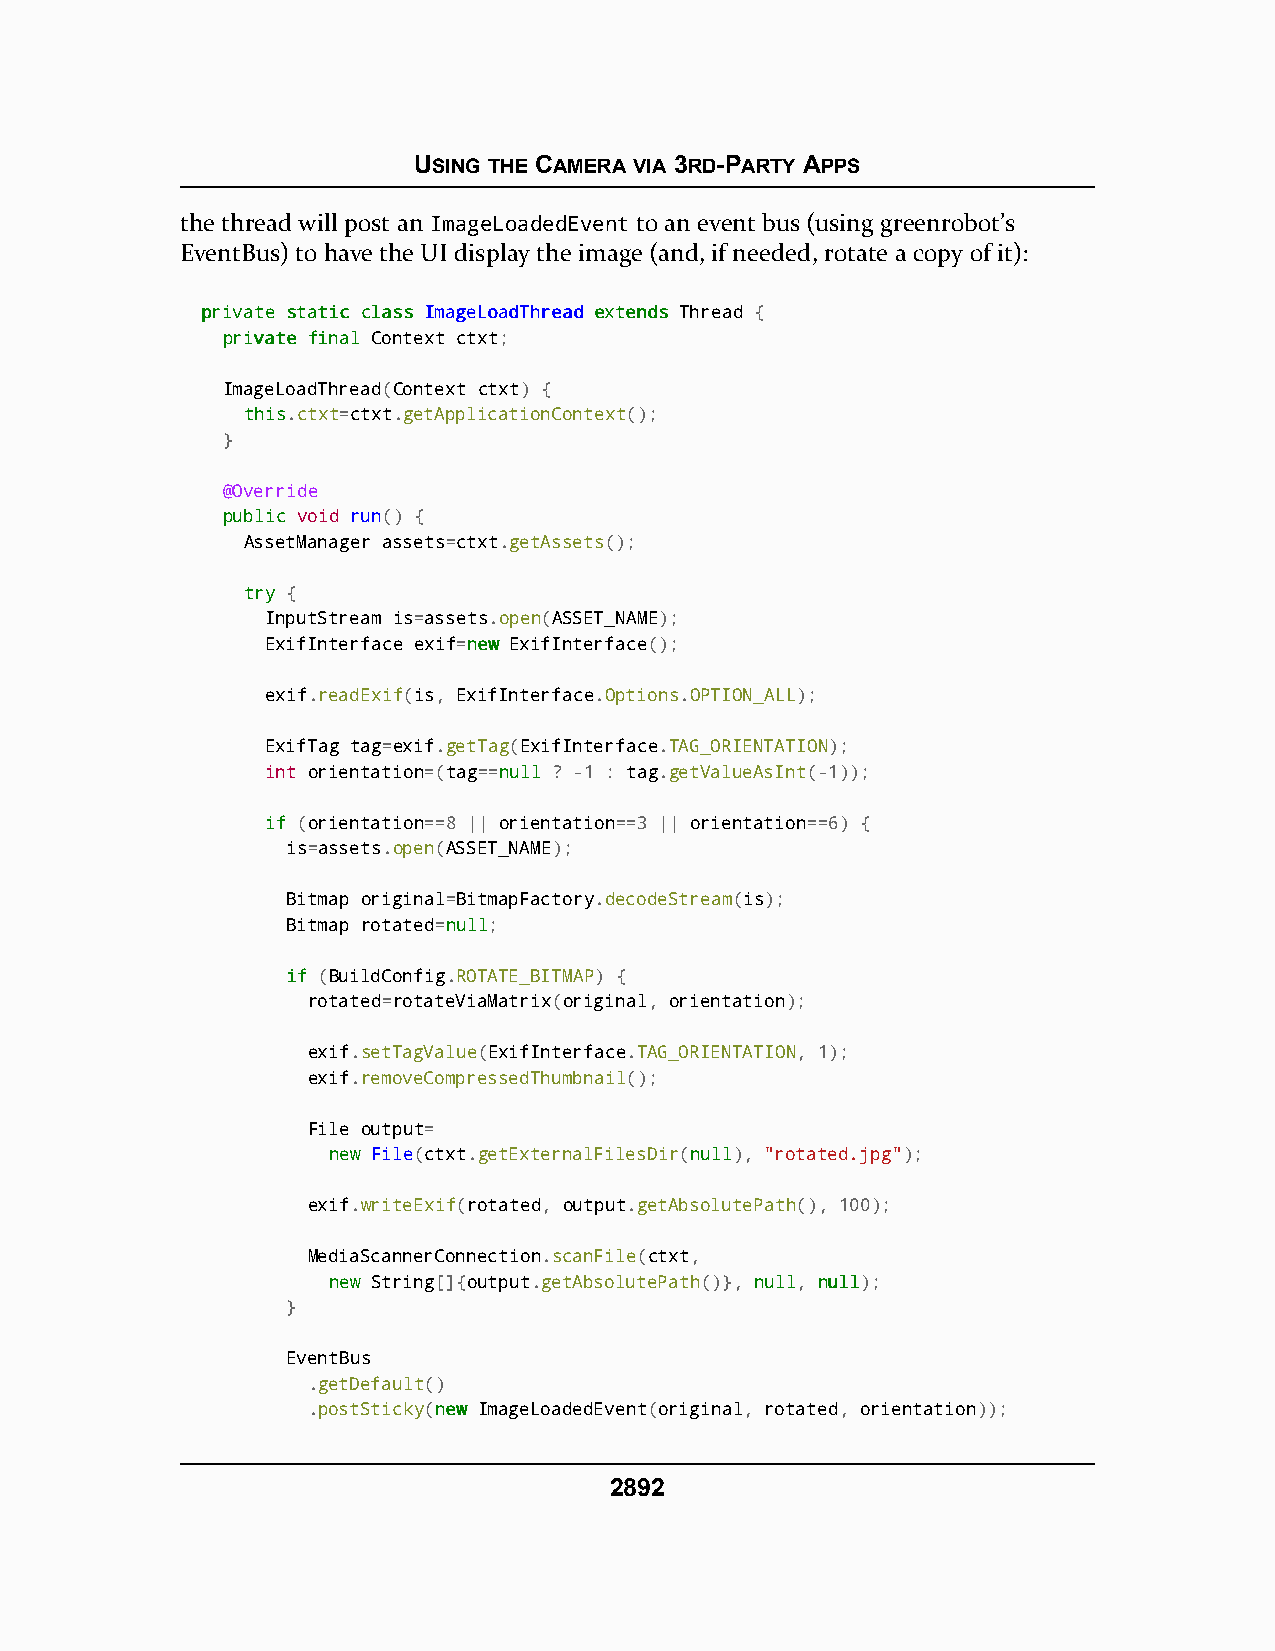
USING THE CAMERA VIA 3RD-PARTY APPS
 the thread will post an ImageLoadedEvent to an event bus (using greenrobot’s
 EventBus) to have the UI display the image (and, if needed, rotate a copy of it):
 pprriivvaattee ssttaattiicc ccllaassss IImmaaggeeLLooaaddTThhrreeaadd eexxtteennddss Thread {
 pprriivvaattee ffiinnaall Context ctxt;
 ImageLoadThread(Context ctxt) {
 tthhiiss.ctxt=ctxt.getApplicationContext();
 }
 @Override
 ppuubblliicc void run() {
 AssetManager assets=ctxt.getAssets();
 ttrryy {
 InputStream is=assets.open(ASSET_NAME);
 ExifInterface exif=nneeww ExifInterface();
 exif.readExif(is, ExifInterface.Options.OPTION_ALL);
 ExifTag tag=exif.getTag(ExifInterface.TAG_ORIENTATION);
 int orientation=(tag==nnuullll ? -1 : tag.getValueAsInt(-1));
 iiff (orientation==8 || orientation==3 || orientation==6) {
 is=assets.open(ASSET_NAME);
 Bitmap original=BitmapFactory.decodeStream(is);
 Bitmap rotated=nnuullll;
 iiff (BuildConfig.ROTATE_BITMAP) {
 rotated=rotateViaMatrix(original, orientation);
 exif.setTagValue(ExifInterface.TAG_ORIENTATION, 1);
 exif.removeCompressedThumbnail();
 File output=
 nneeww File(ctxt.getExternalFilesDir(nnuullll), "rotated.jpg");
 exif.writeExif(rotated, output.getAbsolutePath(), 100);
 MediaScannerConnection.scanFile(ctxt,
 nneeww String[]{output.getAbsolutePath()}, nnuullll, nnuullll);
 }
 EventBus
 .getDefault()
 .postSticky(nneeww ImageLoadedEvent(original, rotated, orientation));
 2892